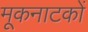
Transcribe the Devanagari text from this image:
मूकनाटकों